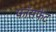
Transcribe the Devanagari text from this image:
फॉसफेट